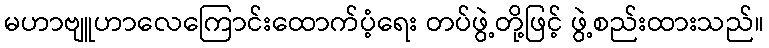
မဟာဗျူဟာလေကြောင်းထောက်ပံ့ရေး တပ်ဖွဲ့တို့ဖြင့် ဖွဲ့စည်းထားသည်။